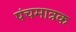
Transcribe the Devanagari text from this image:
पंचमात्रक